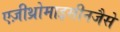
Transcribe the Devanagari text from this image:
एज़ीथ्रोमाइसीनजैसे